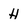
Character: H